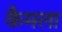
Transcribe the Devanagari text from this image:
कैमला